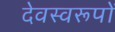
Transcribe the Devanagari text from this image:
देवस्वरूपों